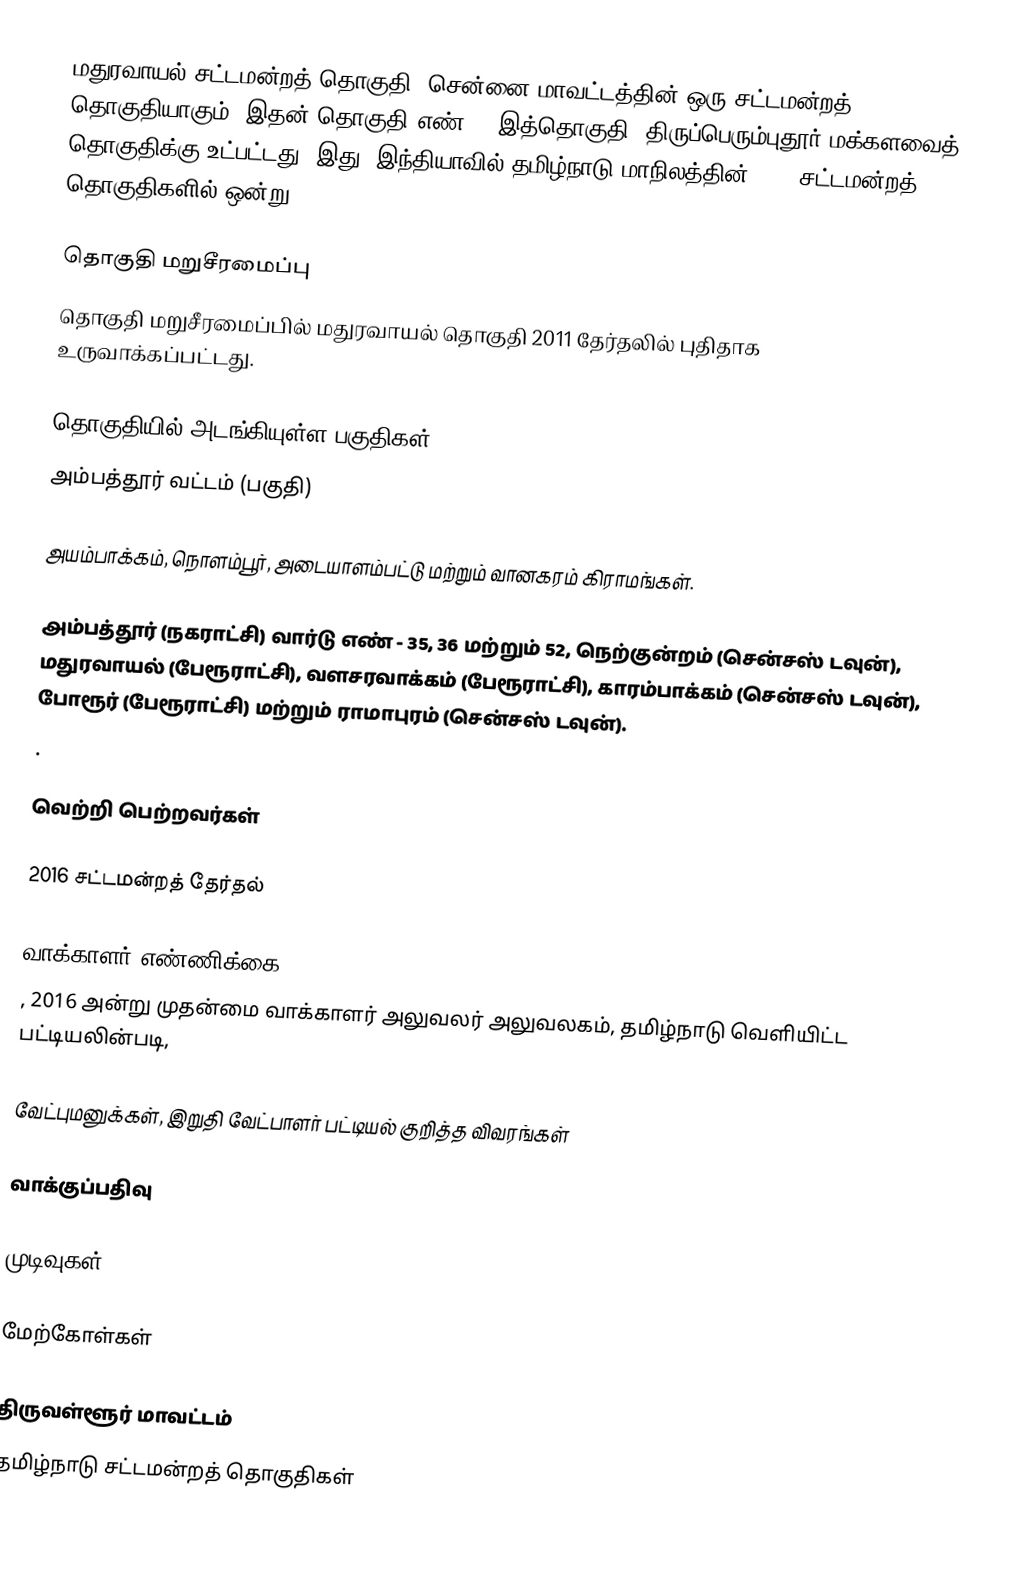
மதுரவாயல் சட்டமன்றத் தொகுதி, சென்னை மாவட்டத்தின் ஒரு சட்டமன்றத் தொகுதியாகும். இதன் தொகுதி எண் 7. இத்தொகுதி, திருப்பெரும்புதூர் மக்களவைத் தொகுதிக்கு உட்பட்டது. இது, இந்தியாவில் தமிழ்நாடு மாநிலத்தின், 234 சட்டமன்றத் தொகுதிகளில் ஒன்று.

தொகுதி மறுசீரமைப்பு
தொகுதி மறுசீரமைப்பில் மதுரவாயல் தொகுதி 2011 தேர்தலில் புதிதாக உருவாக்கப்பட்டது.

தொகுதியில் அடங்கியுள்ள பகுதிகள்
அம்பத்தூர் வட்டம் (பகுதி)

அயம்பாக்கம், நொளம்பூர், அடையாளம்பட்டு மற்றும் வானகரம் கிராமங்கள்.

அம்பத்தூர் (நகராட்சி) வார்டு எண் - 35, 36 மற்றும் 52, நெற்குன்றம் (சென்சஸ் டவுன்), மதுரவாயல் (பேரூராட்சி), வளசரவாக்கம் (பேரூராட்சி), காரம்பாக்கம் (சென்சஸ் டவுன்), போரூர் (பேரூராட்சி) மற்றும் ராமாபுரம் (சென்சஸ் டவுன்).
.

வெற்றி பெற்றவர்கள்

2016 சட்டமன்றத் தேர்தல்

வாக்காளர் எண்ணிக்கை
, 2016 அன்று முதன்மை வாக்காளர் அலுவலர் அலுவலகம், தமிழ்நாடு வெளியிட்ட பட்டியலின்படி,

வேட்புமனுக்கள், இறுதி வேட்பாளர் பட்டியல் குறித்த விவரங்கள்

வாக்குப்பதிவு

முடிவுகள்

மேற்கோள்கள்

திருவள்ளூர் மாவட்டம்
தமிழ்நாடு சட்டமன்றத் தொகுதிகள்